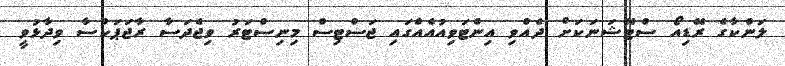
ލަންކާގެ ރޭޑިއޯ ސްޓޭޝަނަކަށް ދެއްވި އިންޓަވިއުއެއްގައި ޖަސްޓިސް މިނިސްޓަރު ވިޖެދަސާ ރާޖަޕަކްސާ ވިދާޅުވީ